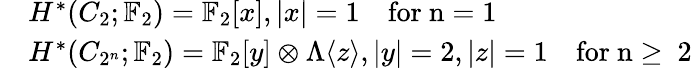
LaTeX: \begin{array}{rl}&{H^{*}(C_{2};\mathbb{F}_{2})=\mathbb{F}_{2}[x],|x|=1\quad\mathrm{for~n=1~}}\\ &{H^{*}(C_{2^{n}};\mathbb{F}_{2})=\mathbb{F}_{2}[y]\otimes\Lambda\langle z\rangle,|y|=2,|z|=1\quad\mathrm{for~n\geq~2~}}\end{array}